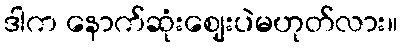
ဒါက နောက်ဆုံးဈေးပဲမဟုတ်လား။